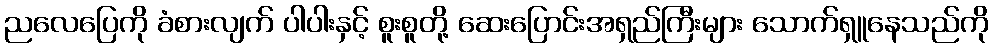
ညလေပြေကို ခံစားလျက် ပါပါးနှင့် စူးစူတို့ ဆေးပြောင်းအရှည်ကြီးများ သောက်ရှူနေသည်ကို